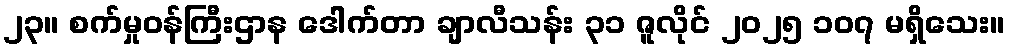
၂၃။ စက်မှုဝန်ကြီးဌာန ဒေါက်တာ ချာလီသန်း ၃၁ ဇူလိုင် ၂၀၂၅ ၁၀၇ မရှိသေး။